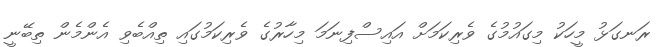
ރަނގަޅު މީހަކު މިގައުމުގެ ވެރިކަމަށް އައިސްފިނަމަ މިހާރުގެ ވެރިކަމުގައި ތިއްބެވި އެންމެން ތިބޭނީ